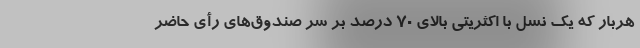
هربار که یک نسل با اکثریتی بالای ۷۰ درصد بر سر صندوق‌های رأی حاضر